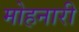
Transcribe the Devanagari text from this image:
मोहनारी